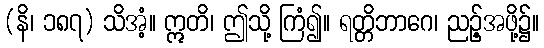
(နိ၊ ၁၈၇) သိအံ့။ ဣတိ၊ ဤသို့ ကြံ၍။ ရတ္တိဘာဂေ၊ ညဉ့်အဖို့၌။